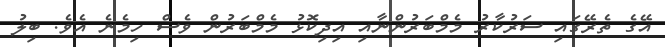
އޭގެ ތެރޭގައި ސަރުކާރު މެމްބަރުންނާއި އިދިކޮޅު މެމްބަރުން ވެސް ހިމެނެ އެވެ. ބިލު